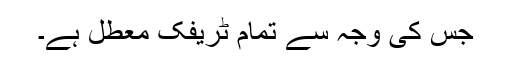
جس کی وجہ سے تمام ٹریفک معطل ہے۔